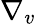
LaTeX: \nabla_{v}